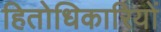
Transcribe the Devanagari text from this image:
हितोधिकारियों